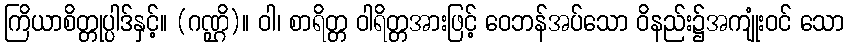
ကြိယာစိတ္တုပ္ပါဒ်နှင့်။ (ဂဏ္ဌိ)။ ဝါ၊ စာရိတ္တ ဝါရိတ္တအားဖြင့် ဝေဘန်အပ်သော ဝိနည်း၌အကျုံးဝင် သော